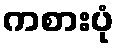
ကစားပုံ